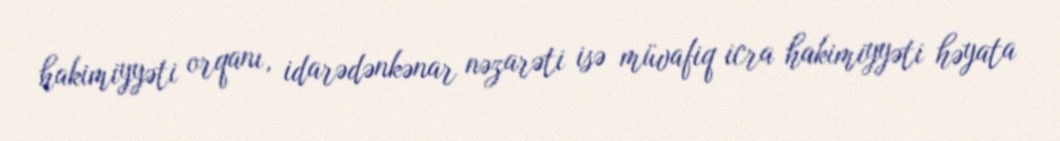
hakimiyyəti orqanı, idarədənkənar nəzarəti isə müvafiq icra hakimiyyəti həyata